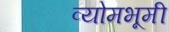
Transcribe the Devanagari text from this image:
व्योमभूमी